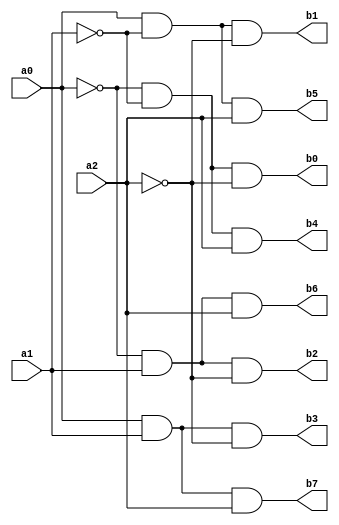
`timescale 1ns / 1ps
//////////////////////////////////////////////////////////////////////////////////
// Company: 
// Engineer: 
// 
// Design Name: 
// Module Name: decoder3_8
// Project Name: 
// Target Devices: 
// Tool Versions: 
// Description: 
// 
// Dependencies: 
// 
// Revision:
// Revision 0.01 - File Created
// Additional Comments:
// 
//////////////////////////////////////////////////////////////////////////////////


module decoder3_8(
    input a0,
    input a1,
    input a2,
    
    output b0,
    output b1,
    output b2,
    output b3,
    output b4,
    output b5,
    output b6,
    output b7
);

    wire not_a0, not_a1, not_a2;
    
    not(not_a0, a0);
    not(not_a1, a1);
    not(not_a2, a2);
    
    and(b0, not_a0, not_a1, not_a2);
    and(b1, a0, not_a1, not_a2);
    and(b2, not_a0, a1, not_a2);
    and(b3, a0, a1, not_a2);
    and(b4, not_a0, not_a1, a2);
    and(b5, a0, not_a1, a2);
    and(b6, not_a0, a1, a2);
    and(b7, a0, a1, a2);
    
endmodule